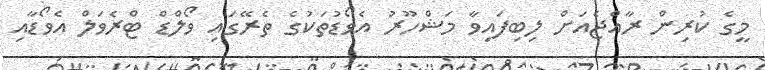
މީގެ ކުރިން ރާއްޖެއަށް ލިބިފައިވާ މަޝްހޫރު އެވޯޑުތަކުގެ ތެރޭގައި ވޯލްޑް ޓްރެވަލް އެވޯޑާއި